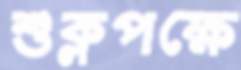
শুক্লপক্ষে